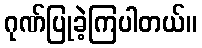
ဂုဏ်ပြုခဲ့ကြပါတယ်။